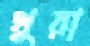
থুয়া